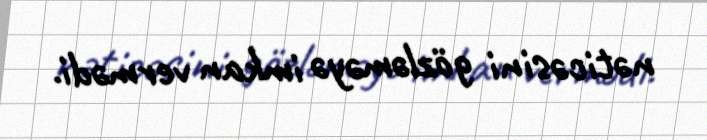
nəticəsini gözləməyə imkan vermədi.